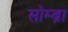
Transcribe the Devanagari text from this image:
सोम्ब्रा